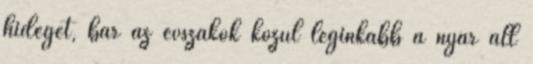
hideget, bár az évszakok közül leginkább a nyár áll